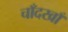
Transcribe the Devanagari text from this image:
चाँदखाँ